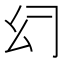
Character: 𰏰